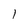
Character: l